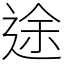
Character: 途